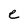
Character: e